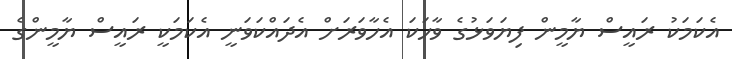
އެކަމަކު ރައީސް ޔާމީން ފިޔަވަޅުގެ ވާހަކަ އެހާވަރަށް އެދައްކަވަނީ އެކަމަކީ ރައީސް ޔާމީންގެ